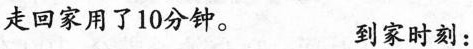
走回家用了10分钟。 到家时刻：